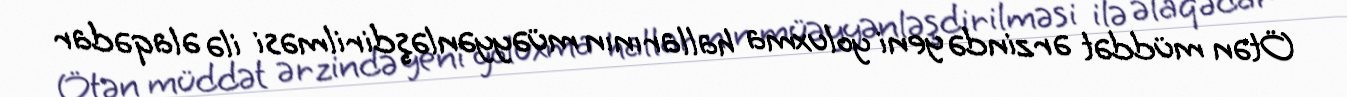
Ötən müddət ərzində yeni yoluxma hallarının müəyyənləşdirilməsi ilə əlaqədar